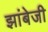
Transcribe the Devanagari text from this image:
झांबेजी